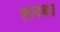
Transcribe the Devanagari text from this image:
लायका